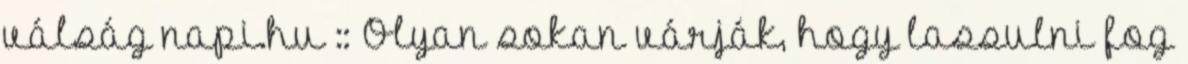
válság napi.hu :: Olyan sokan várják, hogy lassulni fog